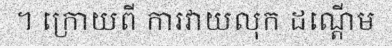
។ ក្រោយពី ការវាយលុក ដណ្តើម